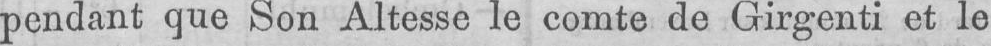
pendant que Son Altesse le comte de Girgenti et le